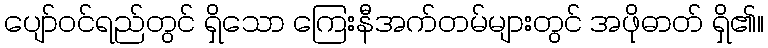
ပျော်ဝင်ရည်တွင် ရှိသော ကြေးနီအက်တမ်များတွင် အဖိုဓာတ် ရှိ၏။